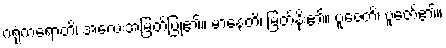
ဂရုံကရောတိ၊ အလေးအမြတ်ပြု၏။ မာနေတိ၊ မြတ်နိုး၏။ ပူဇေတိ၊ ပူဇော်၏။